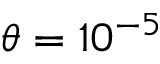
\theta = 1 0 ^ { - 5 }